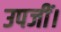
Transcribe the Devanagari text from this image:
उपजीं।